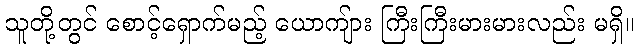
သူတို့တွင် စောင့်ရှောက်မည့် ယောကျ်ား ကြီးကြီးမားမားလည်း မရှိ။